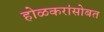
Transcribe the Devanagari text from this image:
होळकरांसोबत